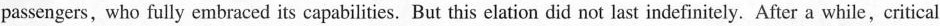
passengers, who fully embraced its capabilities. But this elation did not last indefinitely. After a while , critical